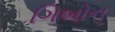
ગિબોન